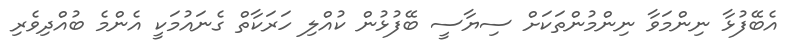
އެބޭފުޅާ ނިންމަވާ ނިންމުންތަކަށް ސިޔާސީ ބޭފުޅުން ކުއްލި ހަރަކާތް ގެނައުމަކީ އެންމެ ބުއްދިވެރި